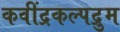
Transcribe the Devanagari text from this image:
कवींद्रकल्पद्रुम